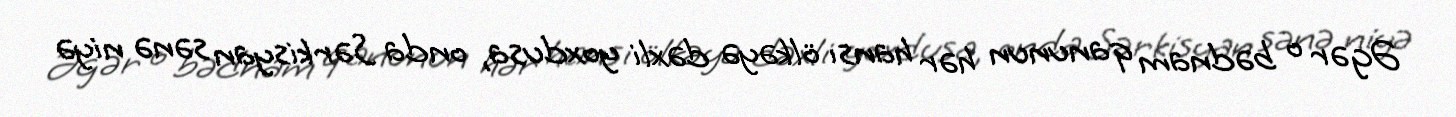
Əgər o bədnam qanunun hər hansı ölkəyə dəxli yoxdusa, onda Sərkisyan sənə niyə